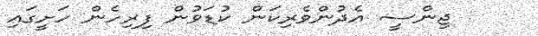
ޖިންސީ އެދުންވެރިކަން ކުޑަވުން ފިރިހެން ހަށީގައި